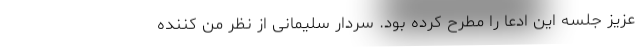
عزیز جلسه این ادعا را مطرح کرده بود. سردار سلیمانی از نظر من کننده